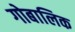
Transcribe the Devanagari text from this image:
गोबालिक